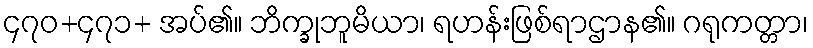
၄၇၀+၄၇၁+ အပ်၏။ ဘိက္ခုဘူမိယာ၊ ရဟန်းဖြစ်ရာဌာန၏။ ဂရုကတ္တာ၊